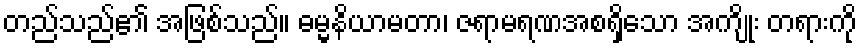
တည်သည်၏ အဖြစ်သည်။ ဓမ္မနိယာမတာ၊ ဇရာမရဏအစရှိသော အကျိုး တရားကို